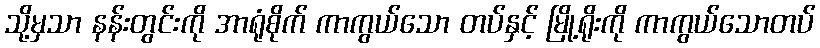
သို့မှသာ နန်းတွင်းကို အာရုံစိုက် ကာကွယ်သော တပ်နှင့် မြို့ရိုးကို ကာကွယ်သောတပ်